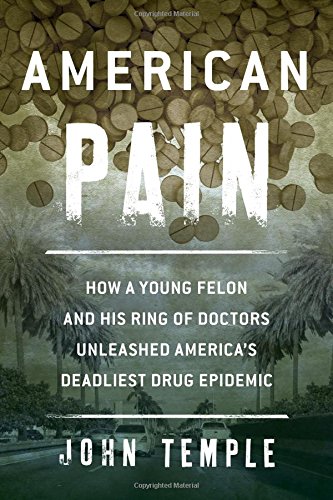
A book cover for American Pain: How a Young Felon and His Ring of Doctors Unleashed America's Deadliest Drug Epidemic; John Temple; Biographies & Memoirs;